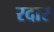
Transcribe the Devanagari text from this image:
रदार